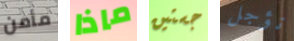
مأمن ماذا جستين نؤجل